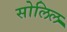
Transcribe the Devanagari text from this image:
सोलिल